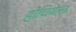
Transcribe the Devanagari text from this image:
होचियेत्ल